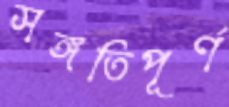
সঙ্গতিপূর্ণ